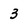
Character: 3